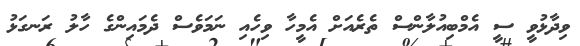
ވިދާޅުވީ ސީ އެމްބިއުލާންސް ތެރެއަށް އެމީހާ ވިހެއި ނަމަވެސް ދެމައިންގެ ހާލު ރަނގަޅު